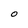
Character: 0